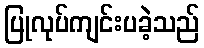
ပြုလုပ်ကျင်းပခဲ့သည်